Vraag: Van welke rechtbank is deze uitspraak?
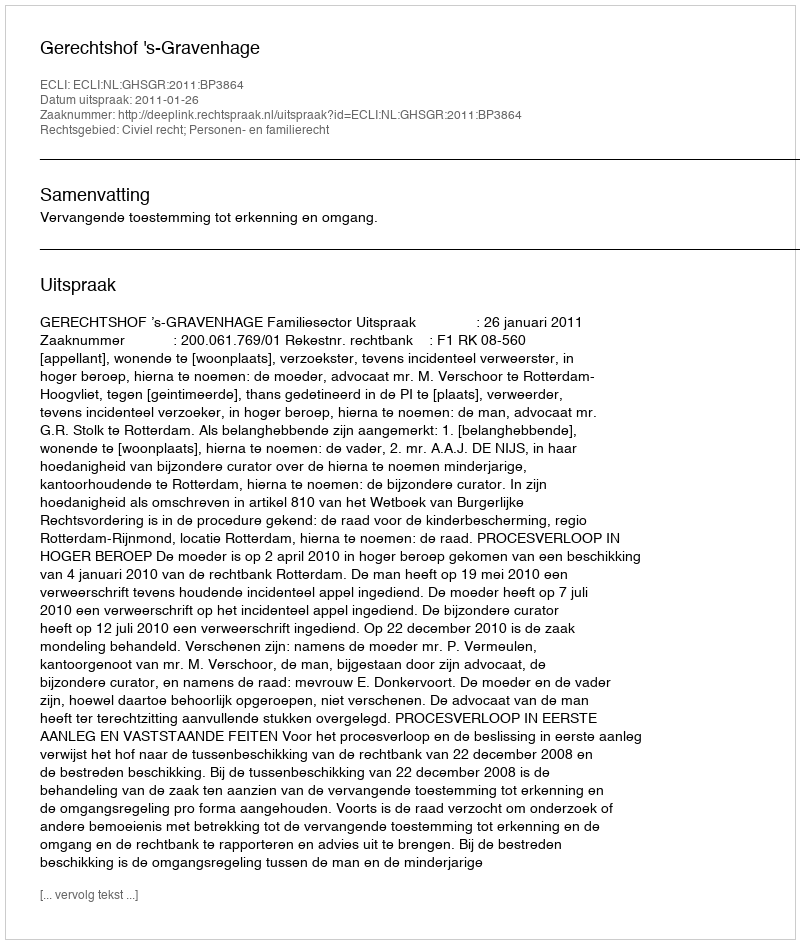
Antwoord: Gerechtshof 's-Gravenhage